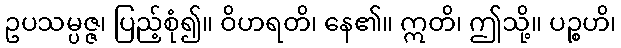
ဥပသမ္ပဇ္ဇ၊ ပြည့်စုံ၍။ ဝိဟရတိ၊ နေ၏။ ဣတိ၊ ဤသို့။ ပဉ္စဟိ၊